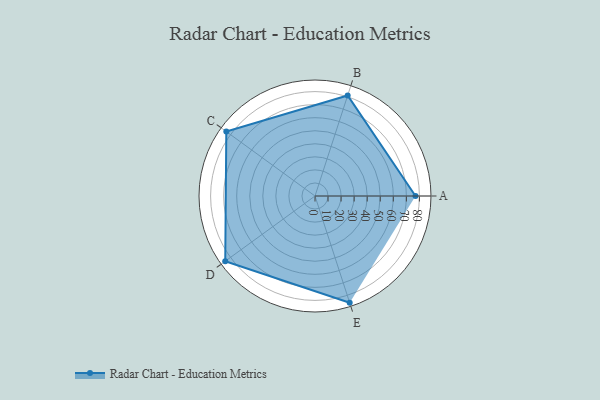
{"axis": {"x": "Skill", "y": "Score"}, "legend": ["Profile"], "data": [{"x": "A", "y": 77.0, "type": "Profile"}, {"x": "B", "y": 81.0, "type": "Profile"}, {"x": "C", "y": 84.0, "type": "Profile"}, {"x": "D", "y": 85.0, "type": "Profile"}, {"x": "E", "y": 86.0, "type": "Profile"}]}